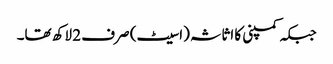
جبکہ کمپنی کا اثاثہ (اسیٹ) صرف 2 لاکھ تھا۔